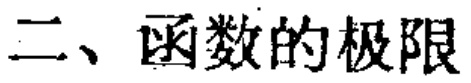
二、函数的极限